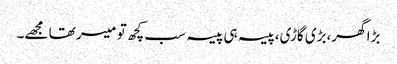
بڑا گھر،بڑی گاڑی،پیسہ ہی پیسہ سب کچھ تو میسر تھا مجھے۔